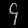
Digit: ၄